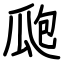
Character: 瓟